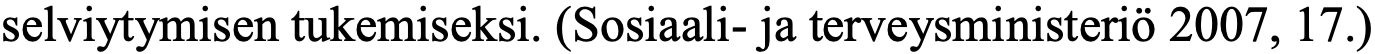
selviytymisen tukemiseksi. (Sosiaali- ja terveysministeriö 2007, 17.)